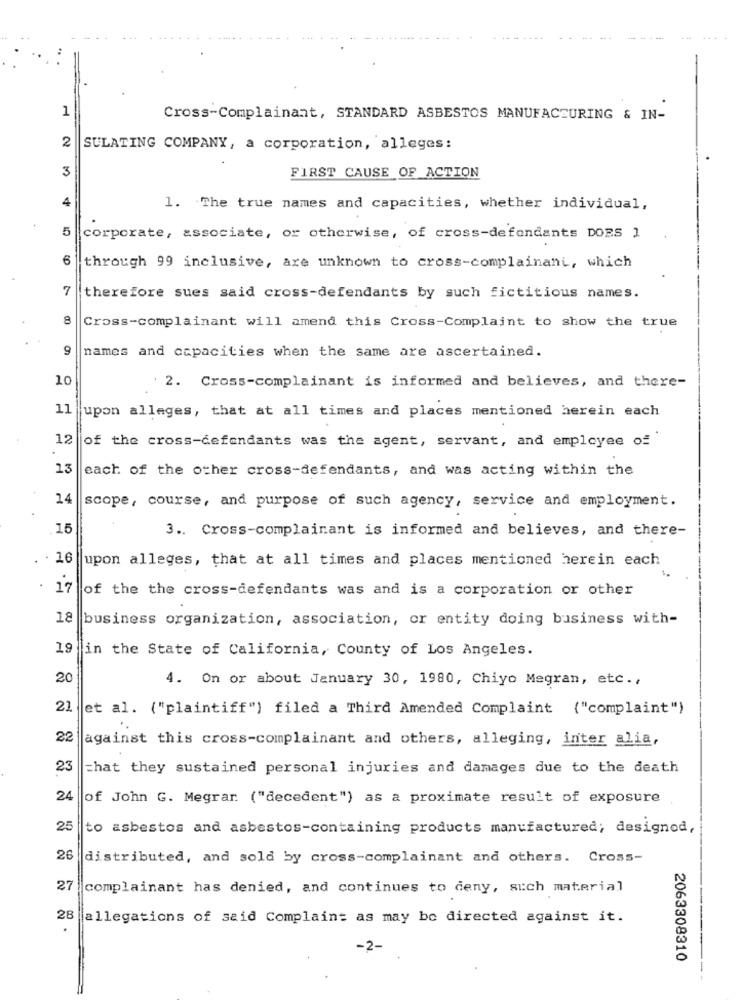
1
Cross-Complainant, STANDARD ASBESTOS MANUFACTURING & IN-
2
SULATING COMPANY, a corporation, alleges:
3
FIRST CAUSE OF ACTION
4
1. The true names and capacities, whether individual,
5
corporate, associate, or otherwise, of cross-defendants DORS 1
6
through 99 inclusive, are unknown to cross-complainani, which
7
therefore sues said cross-defendants by such fictitious names.
8
Cross-complainant will amend this Cross-Complaint to show the true
9
names and capacities when the same are ascertained.
10
2. Cross-complainant is informed and believes, and there-
11
upon alleges, that at all times and places mentioned herein each
12
of the cross-defendants was the agent, servant, and employee of
13
each of the other cross-defendants, and was acting within the
14
scope, course, and purpose of such agency, service and employment.
15
3 .. Cross-complainant is informed and believes, and there-
. 16
upon alleges, that at all times and places mentioned herein each
17
of the the cross-defendants was and is a corporation or other
18
business organization, association, or entity doing business with-
19 in the State of California, County of Los Angeles.
20
4. On or about January 30, 1980, Chiyo Megran, etc .,
21
et al. ("plaintiff") filed a Third Amended Complaint ("complaint")
22
against this cross-complainant and others, alleging, inter alia,
23
=hat they sustained personal injuries and damages due to the death
24
of John G. Megrar ("decedent") as a proximate result of exposure
25
to asbestos and asbestos-containing products manufactured; designod,
26
distributed, and sold by cross-complainant and others. Cross-
27
complainant has denied, and continues to ceny, sich material
28
allegations of said Complaint as may be directed against it.
-2-
2063308310